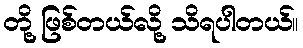
တို့ ဖြစ်တယ်လို့ သိရပါတယ်။